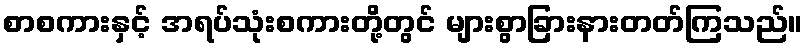
စာစကားနှင့် အရပ်သုံးစကားတို့တွင် များစွာခြားနားတတ်ကြသည်။